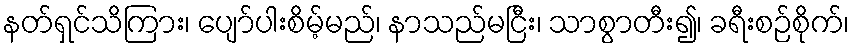
နတ်ရှင်သိကြား၊ ပျော်ပါးစိမ့်မည်၊ နာသည်မငြီး၊ သာစွာတီး၍၊ ခရီးစဉ်စိုက်၊